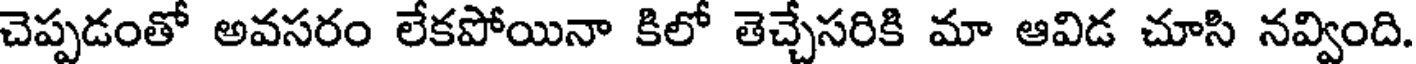
చెప్పడంతో అవసరం లేకపోయినా కిలో తెచ్చేసరికి మా ఆవిడ చూసి నవ్వింది